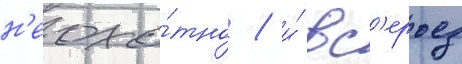
н'еохо́тно / и́ вс'ерьез